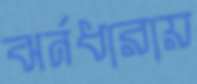
ঝর্নধারায়